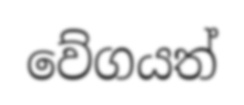
වේගයත්